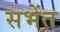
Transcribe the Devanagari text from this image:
सभेंत